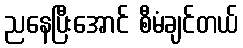
ညနေပြီးအောင် စီမံချင်တယ်